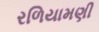
રળિયામણી